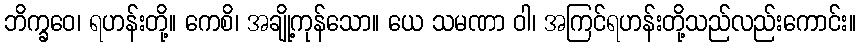
ဘိက္ခဝေ၊ ရဟန်းတို့။ ကေစိ၊ အချို့ကုန်သော။ ယေ သမဏာ ဝါ၊ အကြင်ရဟန်းတို့သည်လည်းကောင်း။